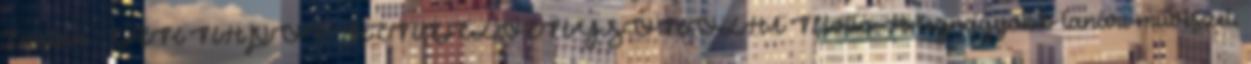
Einstein DÉR NAPOK RENDEZVÉNYSOROZAT Mottó: A legnagyobb tanári művészet,